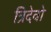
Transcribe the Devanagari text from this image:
त्रिदेवो